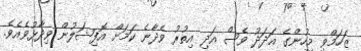
ޒަހަމްވި މީހުންގެ އަދަދު ވެސް އަދި އިތުރު ވެދާނެ ކަމަށް އޮފިޝަލުން ވިދާޅުވެއެވެ.